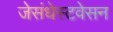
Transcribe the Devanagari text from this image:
जेसंधेस्टवेसन